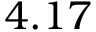
4 . 1 7